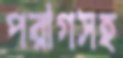
পরাগসহ